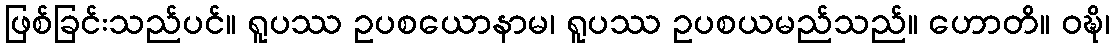
ဖြစ်ခြင်းသည်ပင်။ ရူပဿ ဥပစယောနာမ၊ ရူပဿ ဥပစယမည်သည်။ ဟောတိ။ ဝဍ္ဎိ၊